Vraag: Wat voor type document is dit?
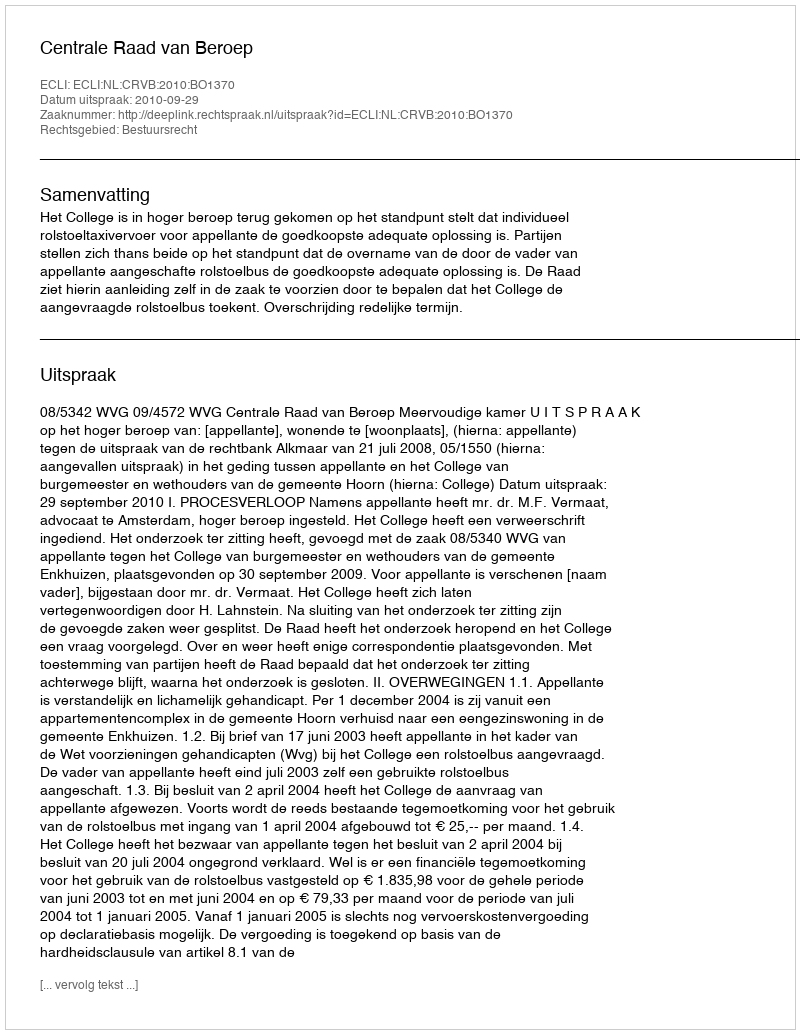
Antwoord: Uitspraak